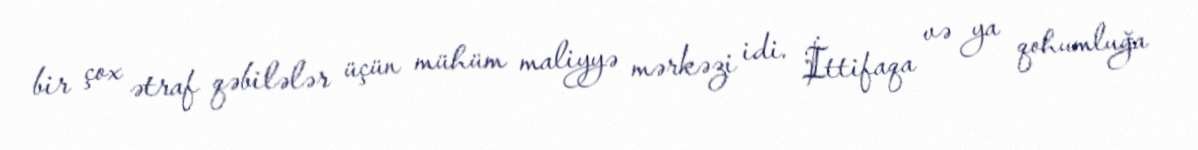
bir çox ətraf qəbilələr üçün mühüm maliyyə mərkəzi idi. İttifaqa və ya qohumluğa